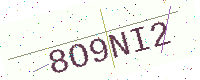
Text: 8O9NI2